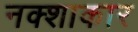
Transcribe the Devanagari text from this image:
नक्शाकार